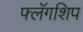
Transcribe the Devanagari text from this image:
फ्लॅगशिप